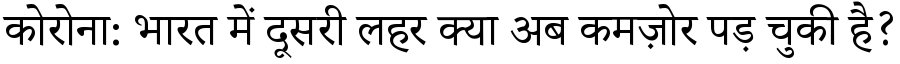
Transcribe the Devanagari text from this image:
कोरोना: भारत में दूसरी लहर क्या अब कमज़ोर पड़ चुकी है?